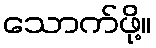
သောက်ဖို့။